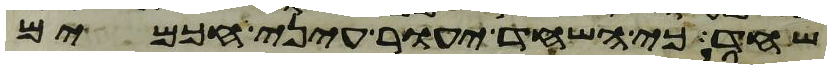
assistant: שחד כי השחד יעור עיני חכמים